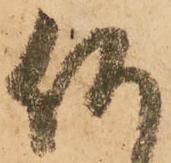
何